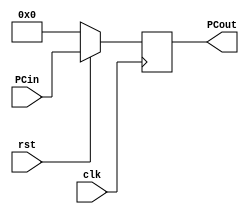
module PC(
    input wire clk,
    input wire rst,
    input wire [31:0] PCin,
    output reg [31:0] PCout
);
    always@(posedge clk)
        begin
            if(rst==0)
                begin
                    PCout <= 32'b0;
                end
            else
                begin
                    PCout <= PCin;
                end
        end
endmodule